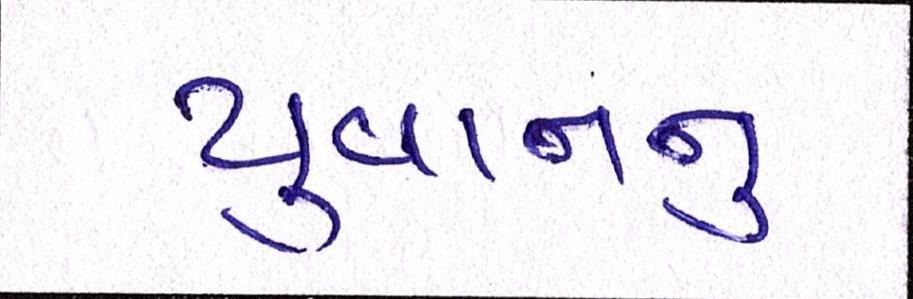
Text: યુવાનનુ